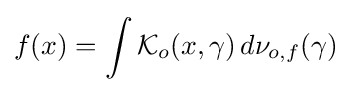
f(x)=\int {\mathcal {K}}_{o}(x,\gamma )\,d\nu _{o,f}(\gamma )